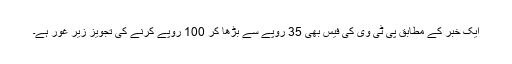
ایک خبر کے مطابق پی ٹی وی کی فیس بھی 35 روپے سے بڑھا کر 100 روپے کرنے کی تجویز زیر غور ہے۔